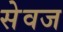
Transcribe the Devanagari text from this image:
सेवज